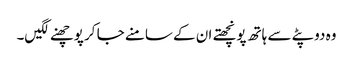
وہ دوپٹے سے ہاتھ پونچھتے ان کے سامنے جا کر پوچھنے لگیں۔